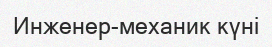
Инженер-механик күні